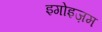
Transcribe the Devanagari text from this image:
इगोइज़म